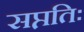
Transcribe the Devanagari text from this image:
सप्ततिः